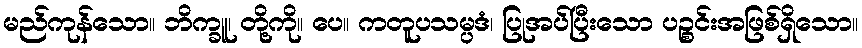
မည်ကုန်သော။ ဘိက္ခူ၊ တို့ကို။ ပေ။ ကတူပသမ္ပဒံ၊ ပြုအပ်ပြီးသော ပဉ္စင်းအဖြစ်ရှိသော။